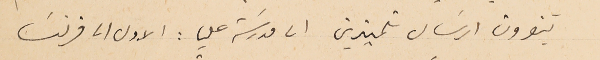
تنوون ارسَال تلميذين الى مدرسَة عليا : الاول الى فرنسَا